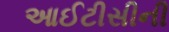
આઈટીસીની